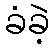
ခံခဲ့